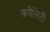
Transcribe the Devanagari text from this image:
कपैसिटी